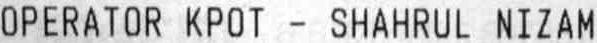
OPERATOR KPOT - SHAHRUL NIZAM